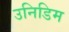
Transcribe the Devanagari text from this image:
उनिडिम